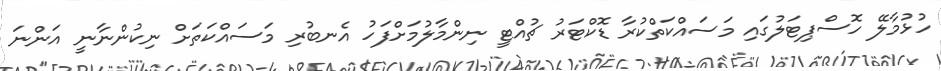
ހުޅުމާލޭ ހޮސްޕިޓަލުގައި މަސައްކަތްކުރާ ޑޮކްޓަރު ޗުއްޓީ ނިންމާލުމަށްފަހު އެނބުރި މަސައްކަތަށް ނިކުންނާނީ އަންނަ